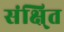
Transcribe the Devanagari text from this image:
संक्षि्त